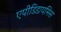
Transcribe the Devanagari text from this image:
एपीडिडायमिस